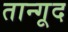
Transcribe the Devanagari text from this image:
तान्गूद